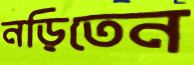
নড়িতেন